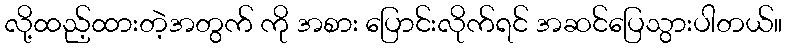
လို့ထည့်ထားတဲ့အတွက် ကို အစား ပြောင်းလိုက်ရင် အဆင်ပြေသွားပါတယ်။